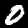
Digit: 0